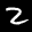
Label: 2